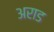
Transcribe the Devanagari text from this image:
अराड